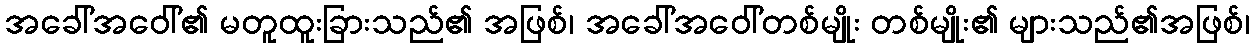
အခေါ်အဝေါ်၏ မတူထူးခြားသည်၏ အဖြစ်၊ အခေါ်အဝေါ်တစ်မျိုး တစ်မျိုး၏ များသည်၏အဖြစ်၊